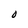
Character: O